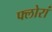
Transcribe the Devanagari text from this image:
फ्लोरां